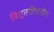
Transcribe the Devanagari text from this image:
विद्युतदीपातील